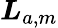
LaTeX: \boldsymbol{L}_{a,m}